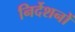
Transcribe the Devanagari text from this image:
निर्देशनों